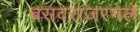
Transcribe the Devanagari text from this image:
बसवराजरगले